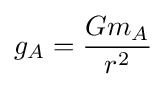
g_{A}={\frac {Gm_{A}}{r^{2}}}